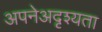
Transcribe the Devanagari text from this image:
अपनेअदृश्यता